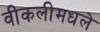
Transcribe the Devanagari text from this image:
वीकलीमधले